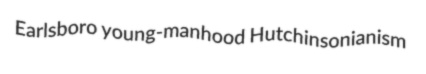
Earlsboro young-manhood Hutchinsonianism